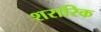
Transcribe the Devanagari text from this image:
शरारिक